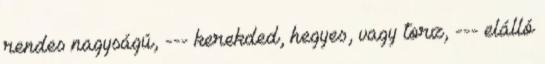
rendes nagyságú, --- kerekded, hegyes, vagy torz, --- elálló